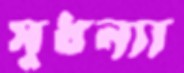
সুধন্যা